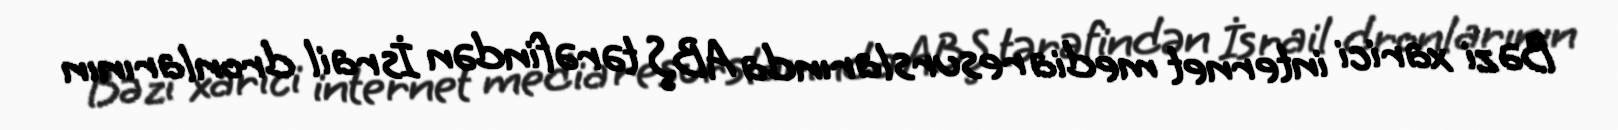
Bəzi xarici internet media resurslarında ABŞ tərəfindən İsrail dronlarının